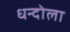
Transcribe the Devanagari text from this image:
धन्दोला